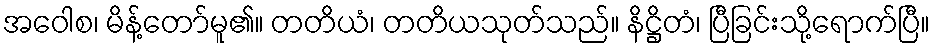
အဝေါစ၊ မိန့်တော်မူ၏။ တတိယံ၊ တတိယသုတ်သည်။ နိဋ္ဌိတံ၊ ပြီခြင်းသို့ရောက်ပြီ။